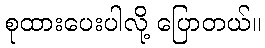
စုထားပေးပါလို့ ပြောတယ်။